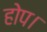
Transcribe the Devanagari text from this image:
होप।